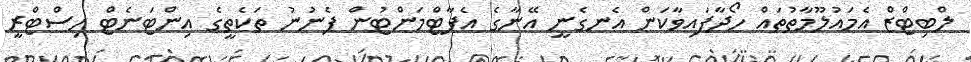
ލްބިޓްޒް އެމައުލޫމާތުތައް ހޯދާފައިވާކަން އެނގެނީ އޭނާގެ އެޕާޓްމަންޓުން ފެނުނު ތަކެތީގެ އިންޓަނެޓް ހިސްޓްރީ